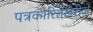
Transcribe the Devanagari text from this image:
पत्रकारितेखेरीज